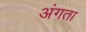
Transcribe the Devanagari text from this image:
अंगता